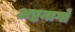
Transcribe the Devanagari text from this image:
अष्टनागों